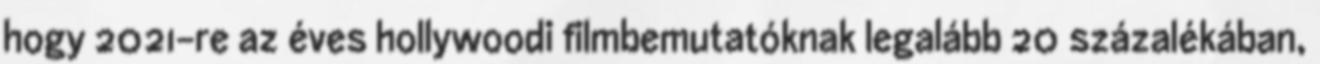
hogy 2021-re az éves hollywoodi filmbemutatóknak legalább 20 százalékában,